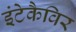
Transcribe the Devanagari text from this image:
इंटेकैविर